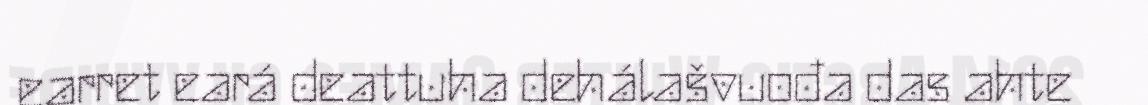
earret eará deattuha dehálašvuođa das ahte